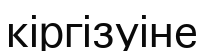
кіргізуіне